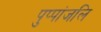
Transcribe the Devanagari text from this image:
पुप्पांजलि